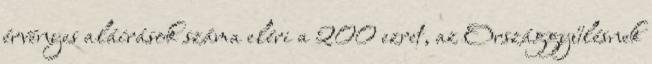
érvényes aláírások száma eléri a 200 ezret, az Országgyűlésnek